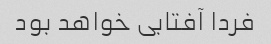
فردا آفتابی خواهد بود